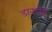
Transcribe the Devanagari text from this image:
डावातही